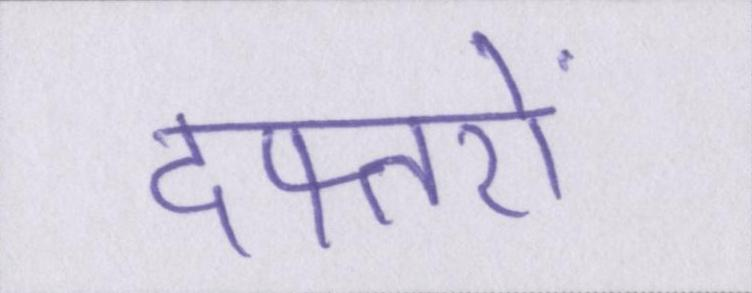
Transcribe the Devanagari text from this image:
दफ्तरों